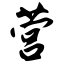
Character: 营